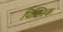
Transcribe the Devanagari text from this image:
पिक्निक